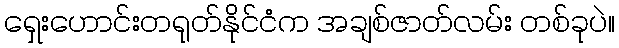
ရှေးဟောင်းတရုတ်နိုင်ငံက အချစ်ဇာတ်လမ်း တစ်ခုပဲ။